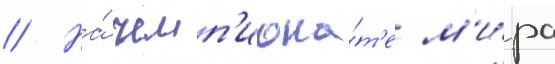
// На́ чемп'иона́т'е м'и́ра